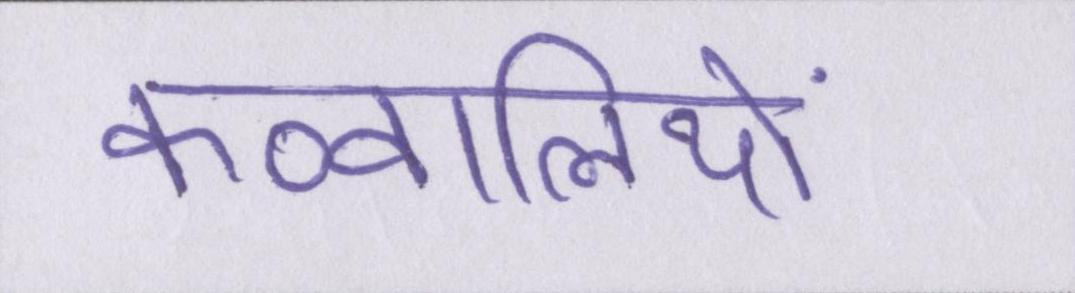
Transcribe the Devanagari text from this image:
कव्वालियों